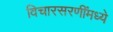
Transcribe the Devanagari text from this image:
विचारसरणींमध्ये